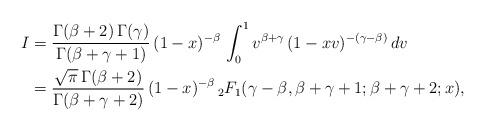
LaTeX: \begin{align*}I & = \frac {\Gamma(\beta+2) \, \Gamma(\gamma)} { \Gamma(\beta+\gamma+1)} \, (1-x)^{-\beta} \, \int_0^1 v^{\beta+\gamma} \, (1-xv)^{-(\gamma-\beta)} \, dv \\& = \frac {\sqrt{\pi}\, \Gamma(\beta+2)} {\Gamma(\beta+\gamma+2)} \, (1-x)^{-\beta} \, {}_2 F_1(\gamma-\beta,\beta+\gamma+1;\beta+\gamma+2;x),\end{align*}